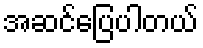
အဆင်ပြေပါတယ်